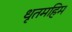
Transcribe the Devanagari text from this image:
धृतमहिम